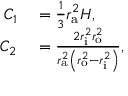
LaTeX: \begin{array} { r l } { C _ { 1 } } & { { } = { \frac { 1 } { 3 } } r _ { \mathrm { a } } ^ { 2 } H , } \\ { C _ { 2 } } & { { } = { \frac { 2 r _ { \mathrm { i } } ^ { 2 } r _ { \mathrm { o } } ^ { 2 } } { r _ { \mathrm { a } } ^ { 2 } \left( r _ { \mathrm { o } } ^ { 2 } - r _ { \mathrm { i } } ^ { 2 } \right) } } , } \end{array}